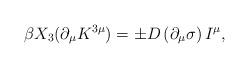
LaTeX: \begin{align*}\beta X_{3}(\partial _{\mu }K^{3\mu }) = \pm D \left(\partial _{\mu }\sigma \right) I^{\mu },\end{align*}